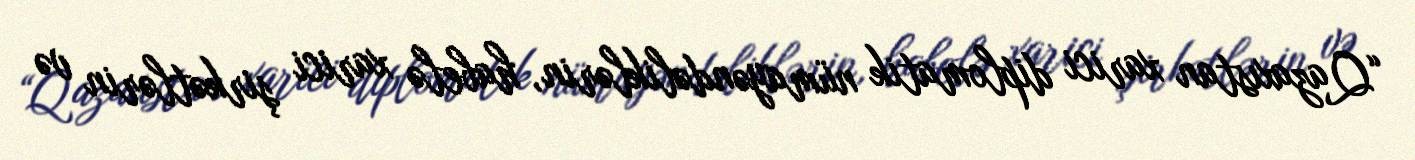
“Qazaxıstan xarici diplomatik nümayəndəliklərin, habelə xarici şirkətlərin və